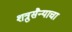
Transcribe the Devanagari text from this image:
शत्रुसैन्याचा